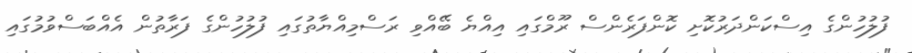
ފުލުހުންގެ އިސްކަންދަރުކޮށި ކޮންފަރެންސް ރޫމްގައި އިއްޔެ ބޭއްވި ރަސްމިއްޔާތުގައި ފުލުހުންގެ ފަރާތުން އެއްބަސްވުމުގައި